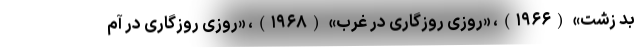
بد زشت» (۱۹۶۶)، «روزی روزگاری در غرب» (۱۹۶۸)، «روزی روزگاری در آم